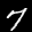
Label: 7